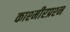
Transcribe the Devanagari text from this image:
काश्‍मीरप्रश्‍न